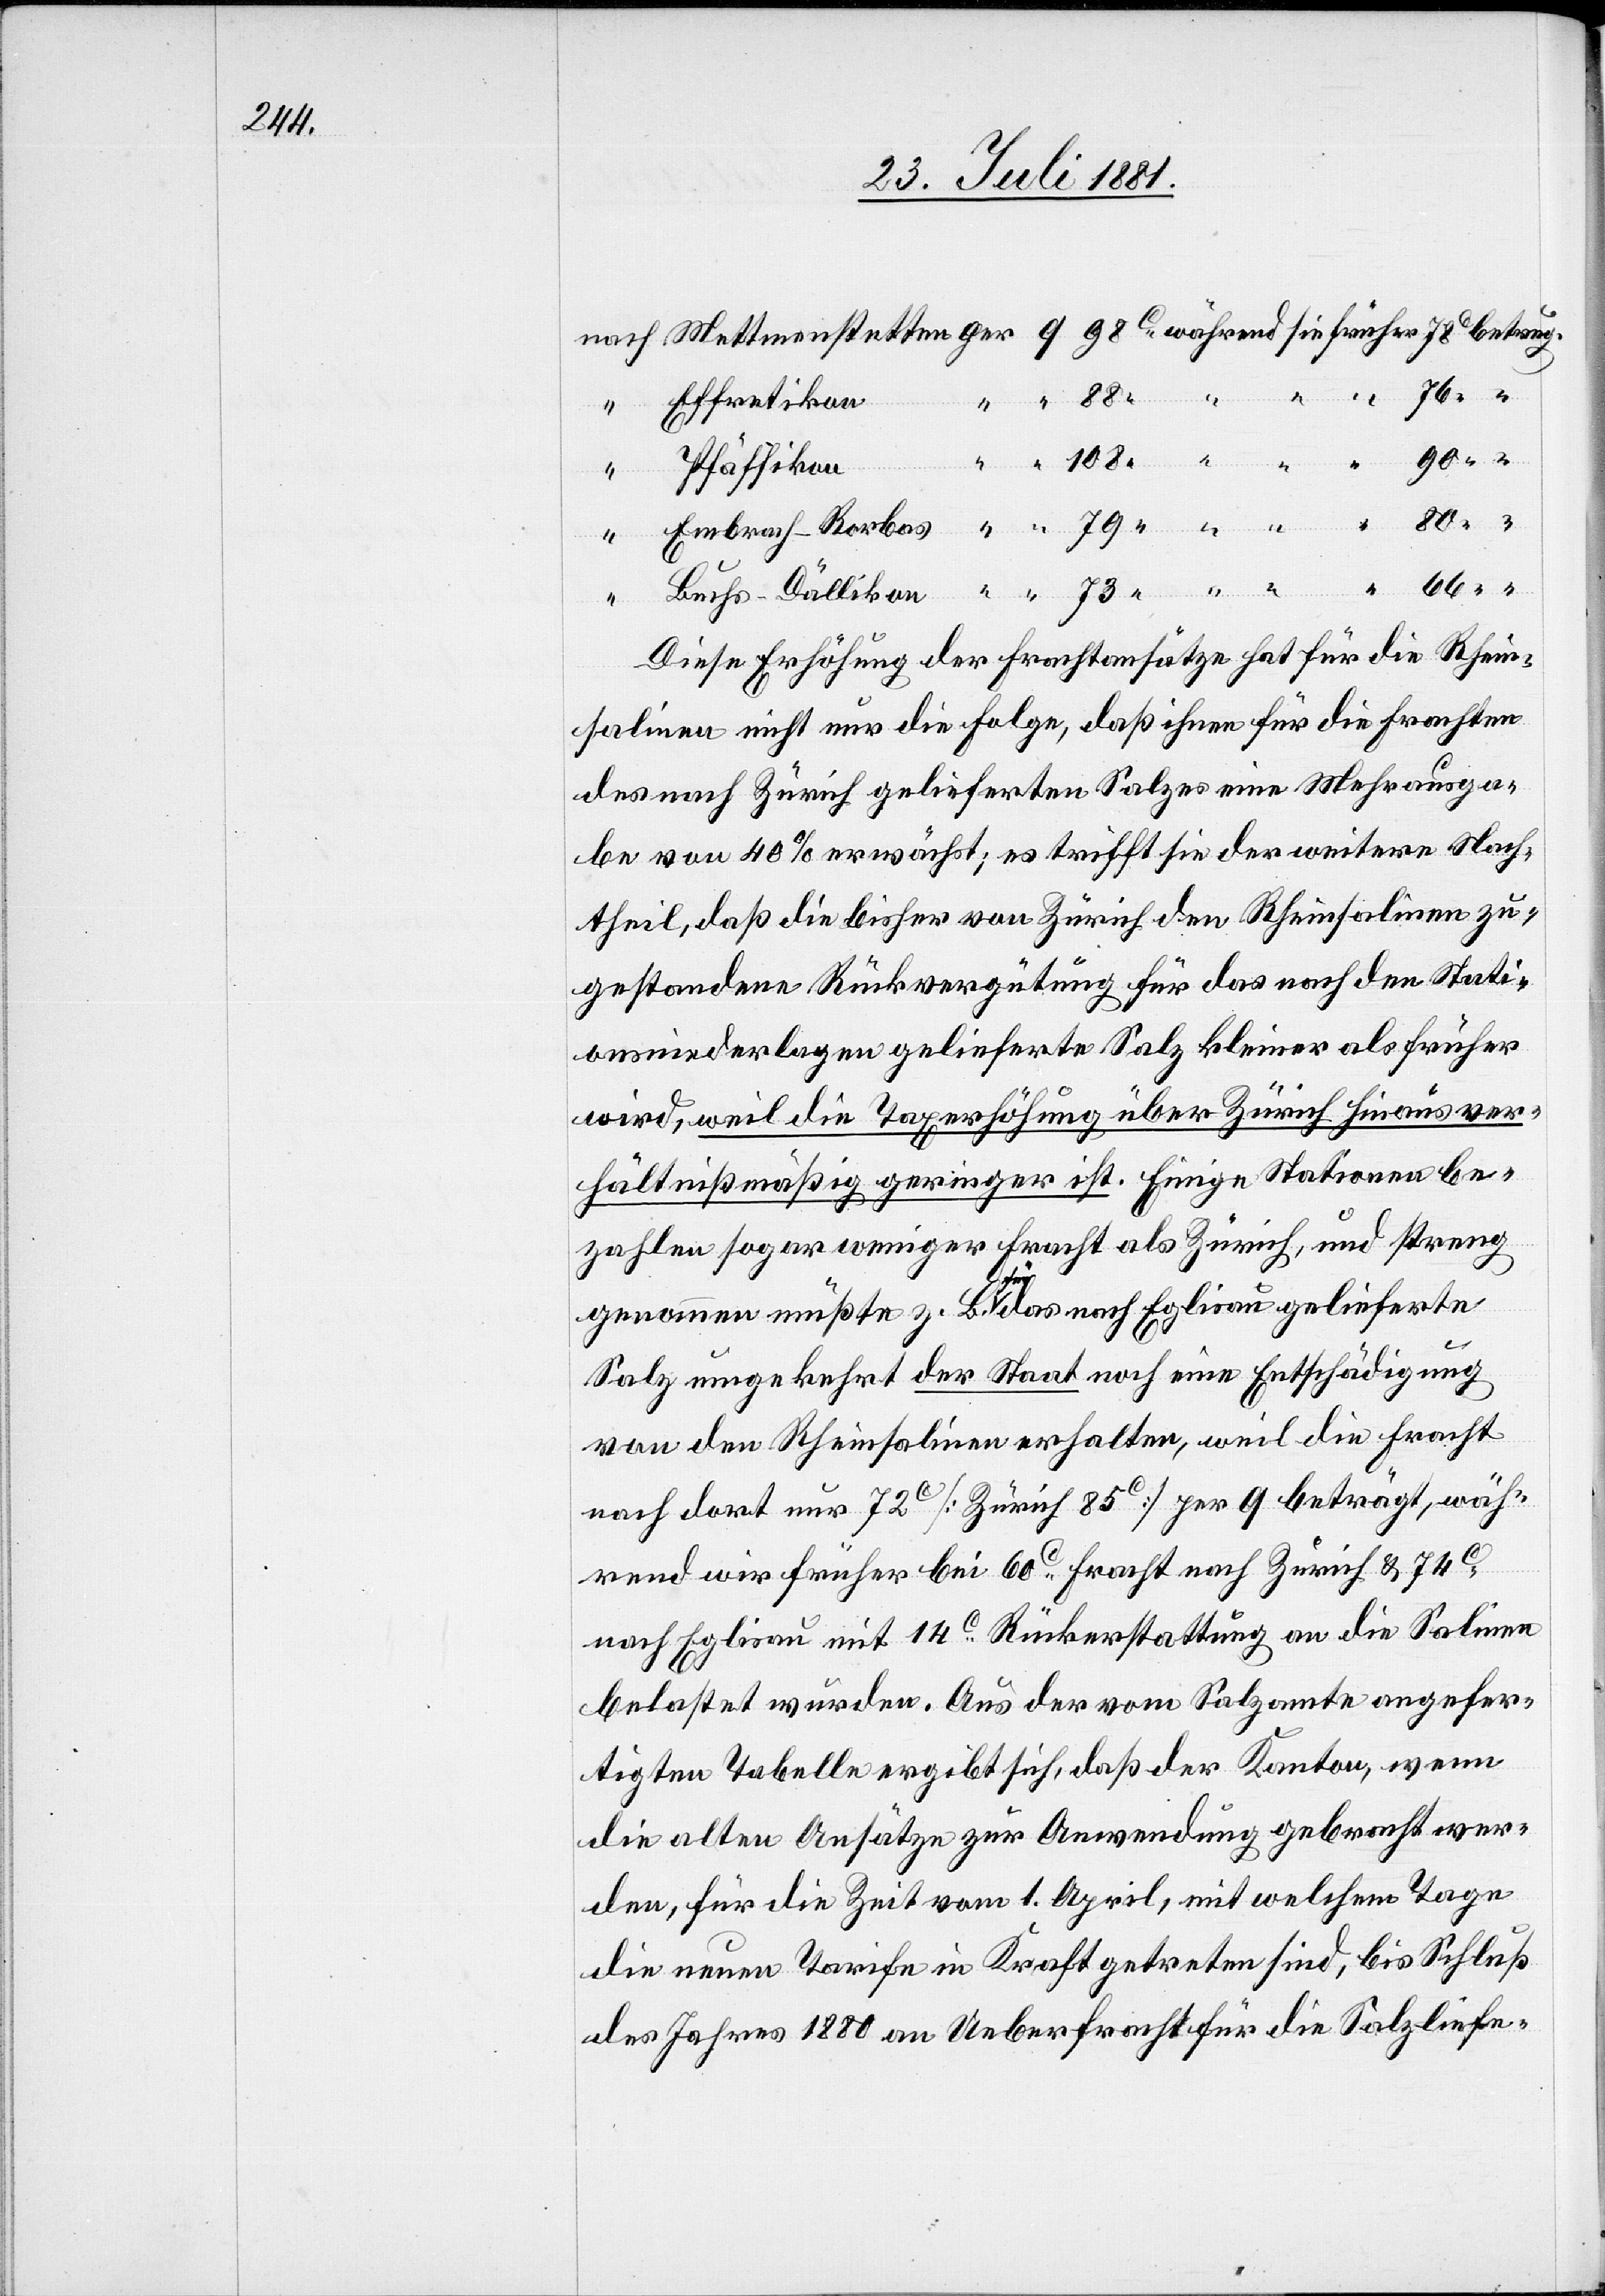
betrug.
Effretikon
orbas
Pfäffikon
Diese Erhöhung der Frachtansätze hat für die Rhein¬
salinen nicht nur die Folge, daß ihnen für die Frachten
des nach Zürich gelieferten Salzes eine Mehrausga¬
be von 40 % erwächst; es trifft sie der weitere Nach¬
theil, daß die bisher von Zürich den Rheinsalinen zu¬
gestandene Rückvergütung für das nach den Stati¬
onsniederlagen gelieferte Salz kleiner als früher
wird, weil die Taxerhöhung über Zürich hinaus ver¬
hältnißmäßig gering ist. Einige Stationen be¬
zahlen sogar weniger Fracht als Zürich, und streng
genommen müßte z. B. für das nach Eglisau gelieferte
Salz umgekehrt der Staat noch eine Entschädigung
von den Rheinsalinen erhalten, weil die Fracht
nach dort nur 72c [Zürich 85c] per q beträgt, wäh¬
rend wir früher bei 60c Fracht nach Zürich & 74c
nach Eglisau mit 14c Rückerstattung an die Salinen
belastet wurden. Aus der vom Salzamte angefer¬
tigten Tabelle ergibt sich, daß der Kanton, wenn
die alten Ansätze zur Anwendung gebracht wer¬
den, für die Zeit vom 1. April, mit welchem Tage
die neuen Tarife in Kraft getreten sind, bis Schluß
des Jahres 1880 an Ueberfracht für die Salzliefe-